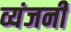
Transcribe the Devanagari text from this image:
व्यंजनी